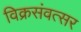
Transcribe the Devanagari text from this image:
विक्रसंवत्सर